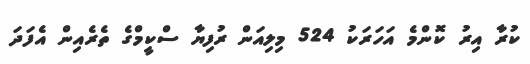
ކުރާ އިރު ކޮންމެ އަހަރަކު 524 މިލިއަން ރުފިޔާ ސްކީމްގެ ތެރެއިން އެފަދަ